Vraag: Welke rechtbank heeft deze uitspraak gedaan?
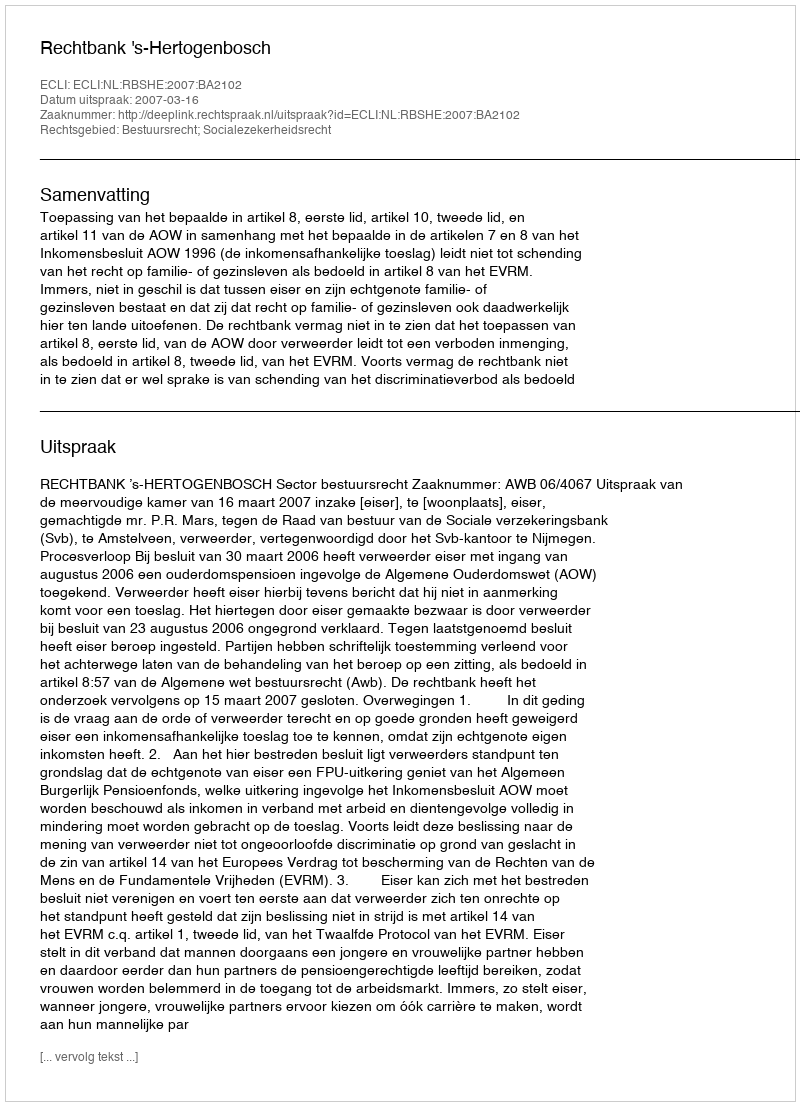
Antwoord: Rechtbank 's-Hertogenbosch